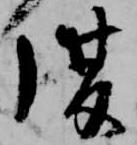
復